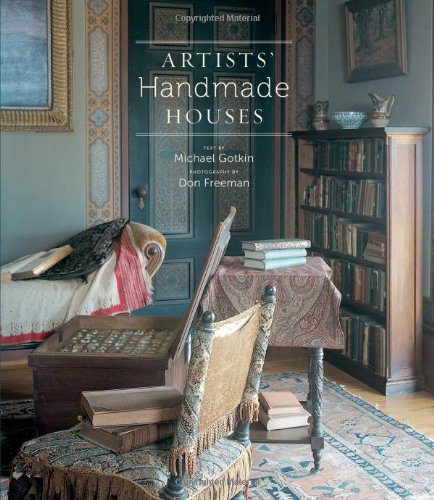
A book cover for Artists' Handmade Houses; Michael Gotkin; Arts & Photography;